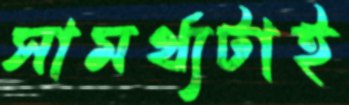
সামর্থ্যটাই